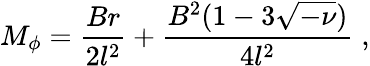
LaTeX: M_{\phi}=\frac{Br}{2l^{2}}+\frac{B^{2}(1-3\sqrt{-\nu})}{4l^{2}}\; ,